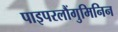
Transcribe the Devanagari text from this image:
पाइपरलौंगुमिनिन